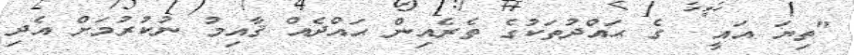
"ތިޔަ އައީ  ގެ ޙައްދުތަކުގެ ތެރެއިން ޙައްދެއް ޤާއިމު ނުކުރުމަށް އެދި